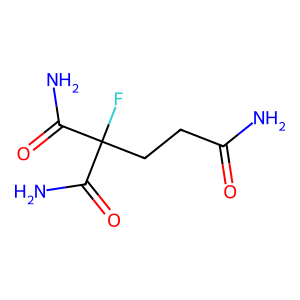
SMILES: NC(=O)CCC(F)(C(N)=O)C(N)=O
Inhibits HIV replication: No